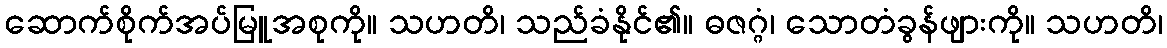
ဆောက်စိုက်အပ်မြူအစုကို။ သဟတိ၊ သည်ခံနိုင်၏။ ဓဇဂ္ဂံ၊ သောတံခွန်ဖျားကို။ သဟတိ၊